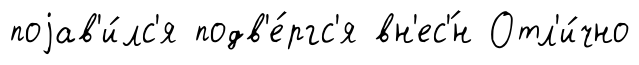
поjав'и́лс'я подв'е́ргс'я вн'ес'́н Отл'и́чно